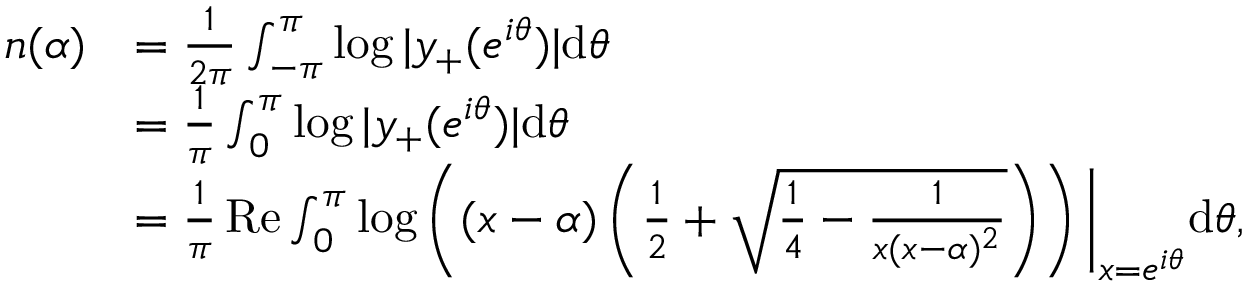
\begin{array} { r l } { n ( \alpha ) } & { = \frac { 1 } { 2 \pi } \int _ { - \pi } ^ { \pi } \log | y _ { + } ( e ^ { i \theta } ) | \mathrm d \theta } \\ & { = \frac { 1 } { \pi } \int _ { 0 } ^ { \pi } \log | y _ { + } ( e ^ { i \theta } ) | \mathrm d \theta } \\ & { = \frac { 1 } { \pi } \mathop { \mathrm { R e } } \int _ { 0 } ^ { \pi } \log \left( ( x - \alpha ) \left( \frac 1 2 + \sqrt { \frac 1 4 - \frac { 1 } { x ( x - \alpha ) ^ { 2 } } } \right) \right) \bigg \rvert _ { x = e ^ { i \theta } } \mathrm d \theta , } \end{array}